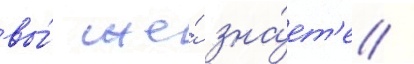
вы́ же́ зна́ет'е /